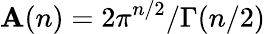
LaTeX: \mathbf{A}(n)=2\pi^{n/2}/\Gamma(n/2)